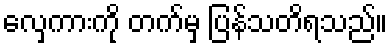
လှေကားကို တက်မှ ပြန်သတိရသည်။